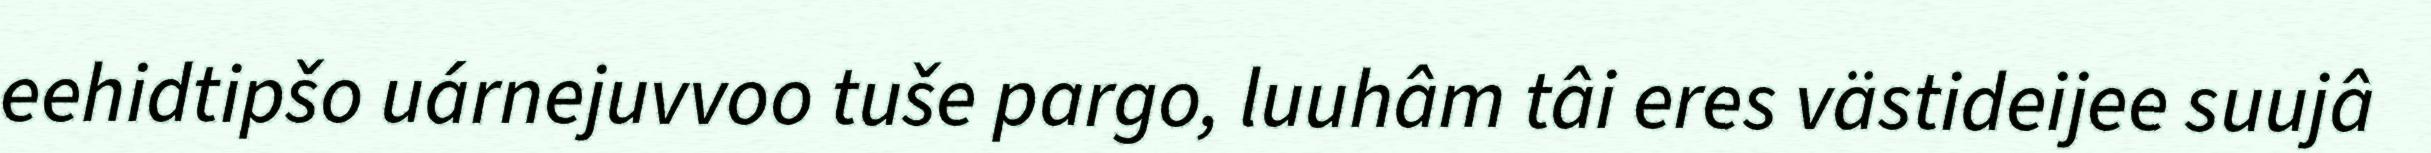
eehidtipšo uárnejuvvoo tuše pargo, luuhâm tâi eres västideijee suujâ